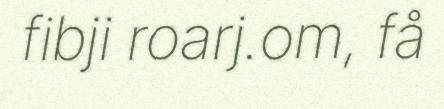
fibji roarj.om, få